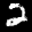
Label: 2